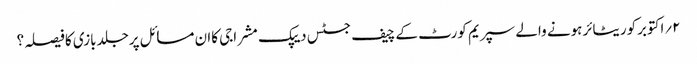
۲؍اکتوبرکوریٹائرہونے والے سپریم کورٹ کے چیف جسٹس دیپک مشراجی کاان مسائل پرجلدبازی کافیصلہ؟